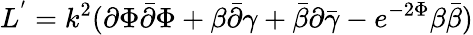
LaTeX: L^{'}=k^{2}({\partial{\Phi}}{\bar{\partial}{\Phi}}+{\beta{\bar{\partial}}\gamma}+{\bar{\beta}}{\partial{\bar{\gamma}}}-e^{-2{\Phi}}{\beta{\bar{\beta}}})